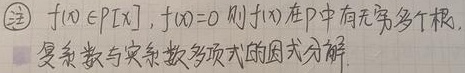
注：若\(f(x)\in \mathbb{P}[x]\)且\(f(x)=0\)，则\(f(x)\)在\(\mathbb{P}\)中有无穷多个根。复数与实系数多项式的因式分解。